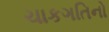
ચાકગતિનો